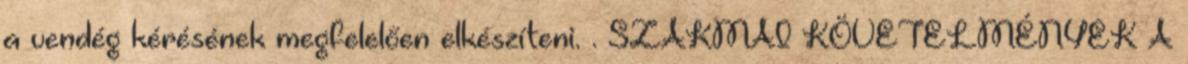
a vendég kérésének megfelelően elkészíteni. . SZAKMAI KÖVETELMÉNYEK A